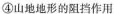
④山地地形的阻挡作用